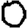
Digit: 0